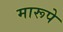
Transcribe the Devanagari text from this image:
मारूपे